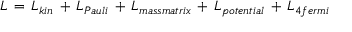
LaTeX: { \cal L } \, = \, { \cal L } _ { k i n } \, + \, { \cal L } _ { P a u l i } \, + \, { \cal L } _ { m a s s m a t r i x } \, + \, { \cal L } _ { p o t e n t i a l } \, + \, { \cal L } _ { 4 f e r m i }